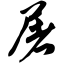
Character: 屠